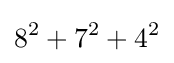
8^{2}+7^{2}+4^{2}